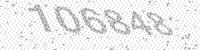
Solution: 106848